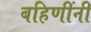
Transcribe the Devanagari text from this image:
बहिणींनी